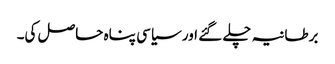
برطانیہ چلے گئے اور سیاسی پناہ حاصل کی۔